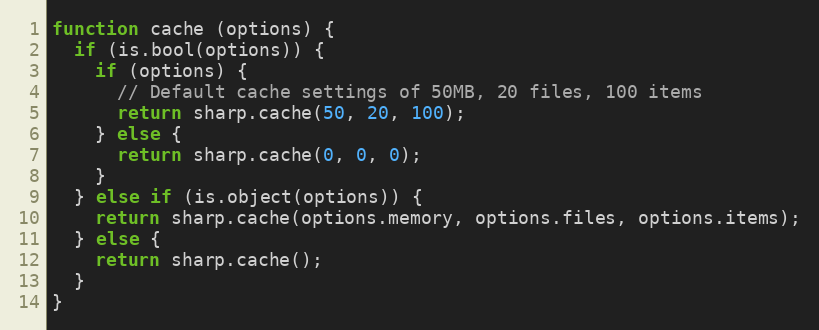
Language: JavaScript
function cache (options) {
  if (is.bool(options)) {
    if (options) {
      // Default cache settings of 50MB, 20 files, 100 items
      return sharp.cache(50, 20, 100);
    } else {
      return sharp.cache(0, 0, 0);
    }
  } else if (is.object(options)) {
    return sharp.cache(options.memory, options.files, options.items);
  } else {
    return sharp.cache();
  }
}